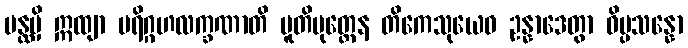
ပန္ထမှိ ဣထျာ ပရိဂ္ဂဟလက္ခဏာတိ ပူတိမုတ္တေန တိကေသုယေဝ ဥန္နာဒေတွာ ဝိပ္ပသန္နော